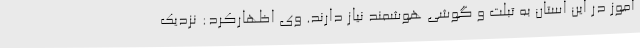
آموز در این استان به تبلت و گوشی هوشمند نیاز دارند. وی اظهارکرد: نزدیک